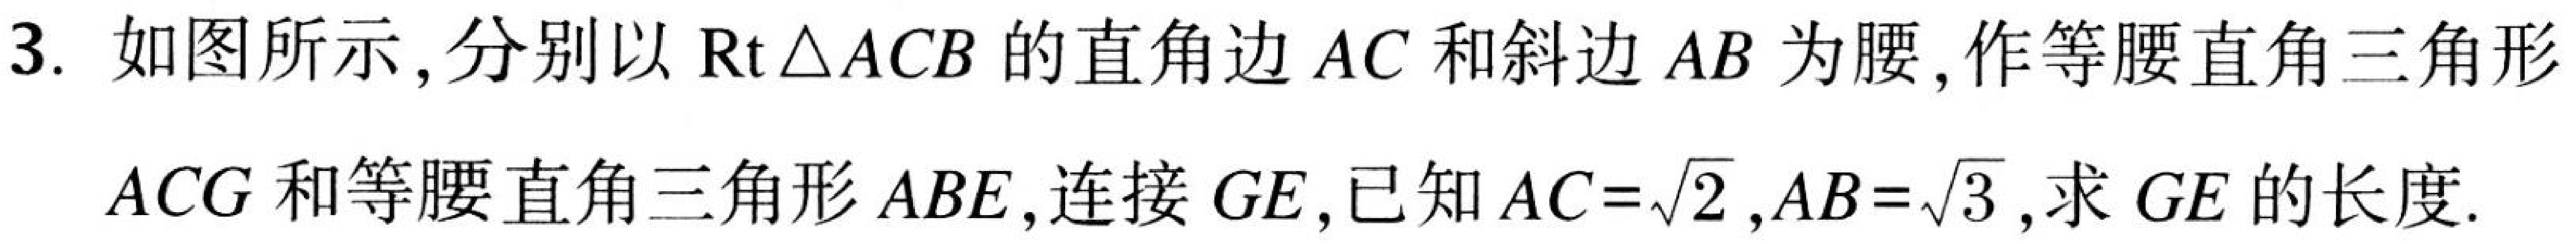
3. 如图所示, 分别以\(\text{Rt}\triangle ACB\)的直角边\(AC\)和斜边\(AB\)为腰, 作等腰直角三角形
\(ACG\)和等腰直角三角形\(ABE\), 连接\(GE\), 已知\(AC = \sqrt{2},AB=\sqrt{3}\), 求\(GE\)的长度.